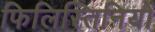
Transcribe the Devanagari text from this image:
फिलिस्तिनियों